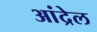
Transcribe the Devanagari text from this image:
आंद्रेल